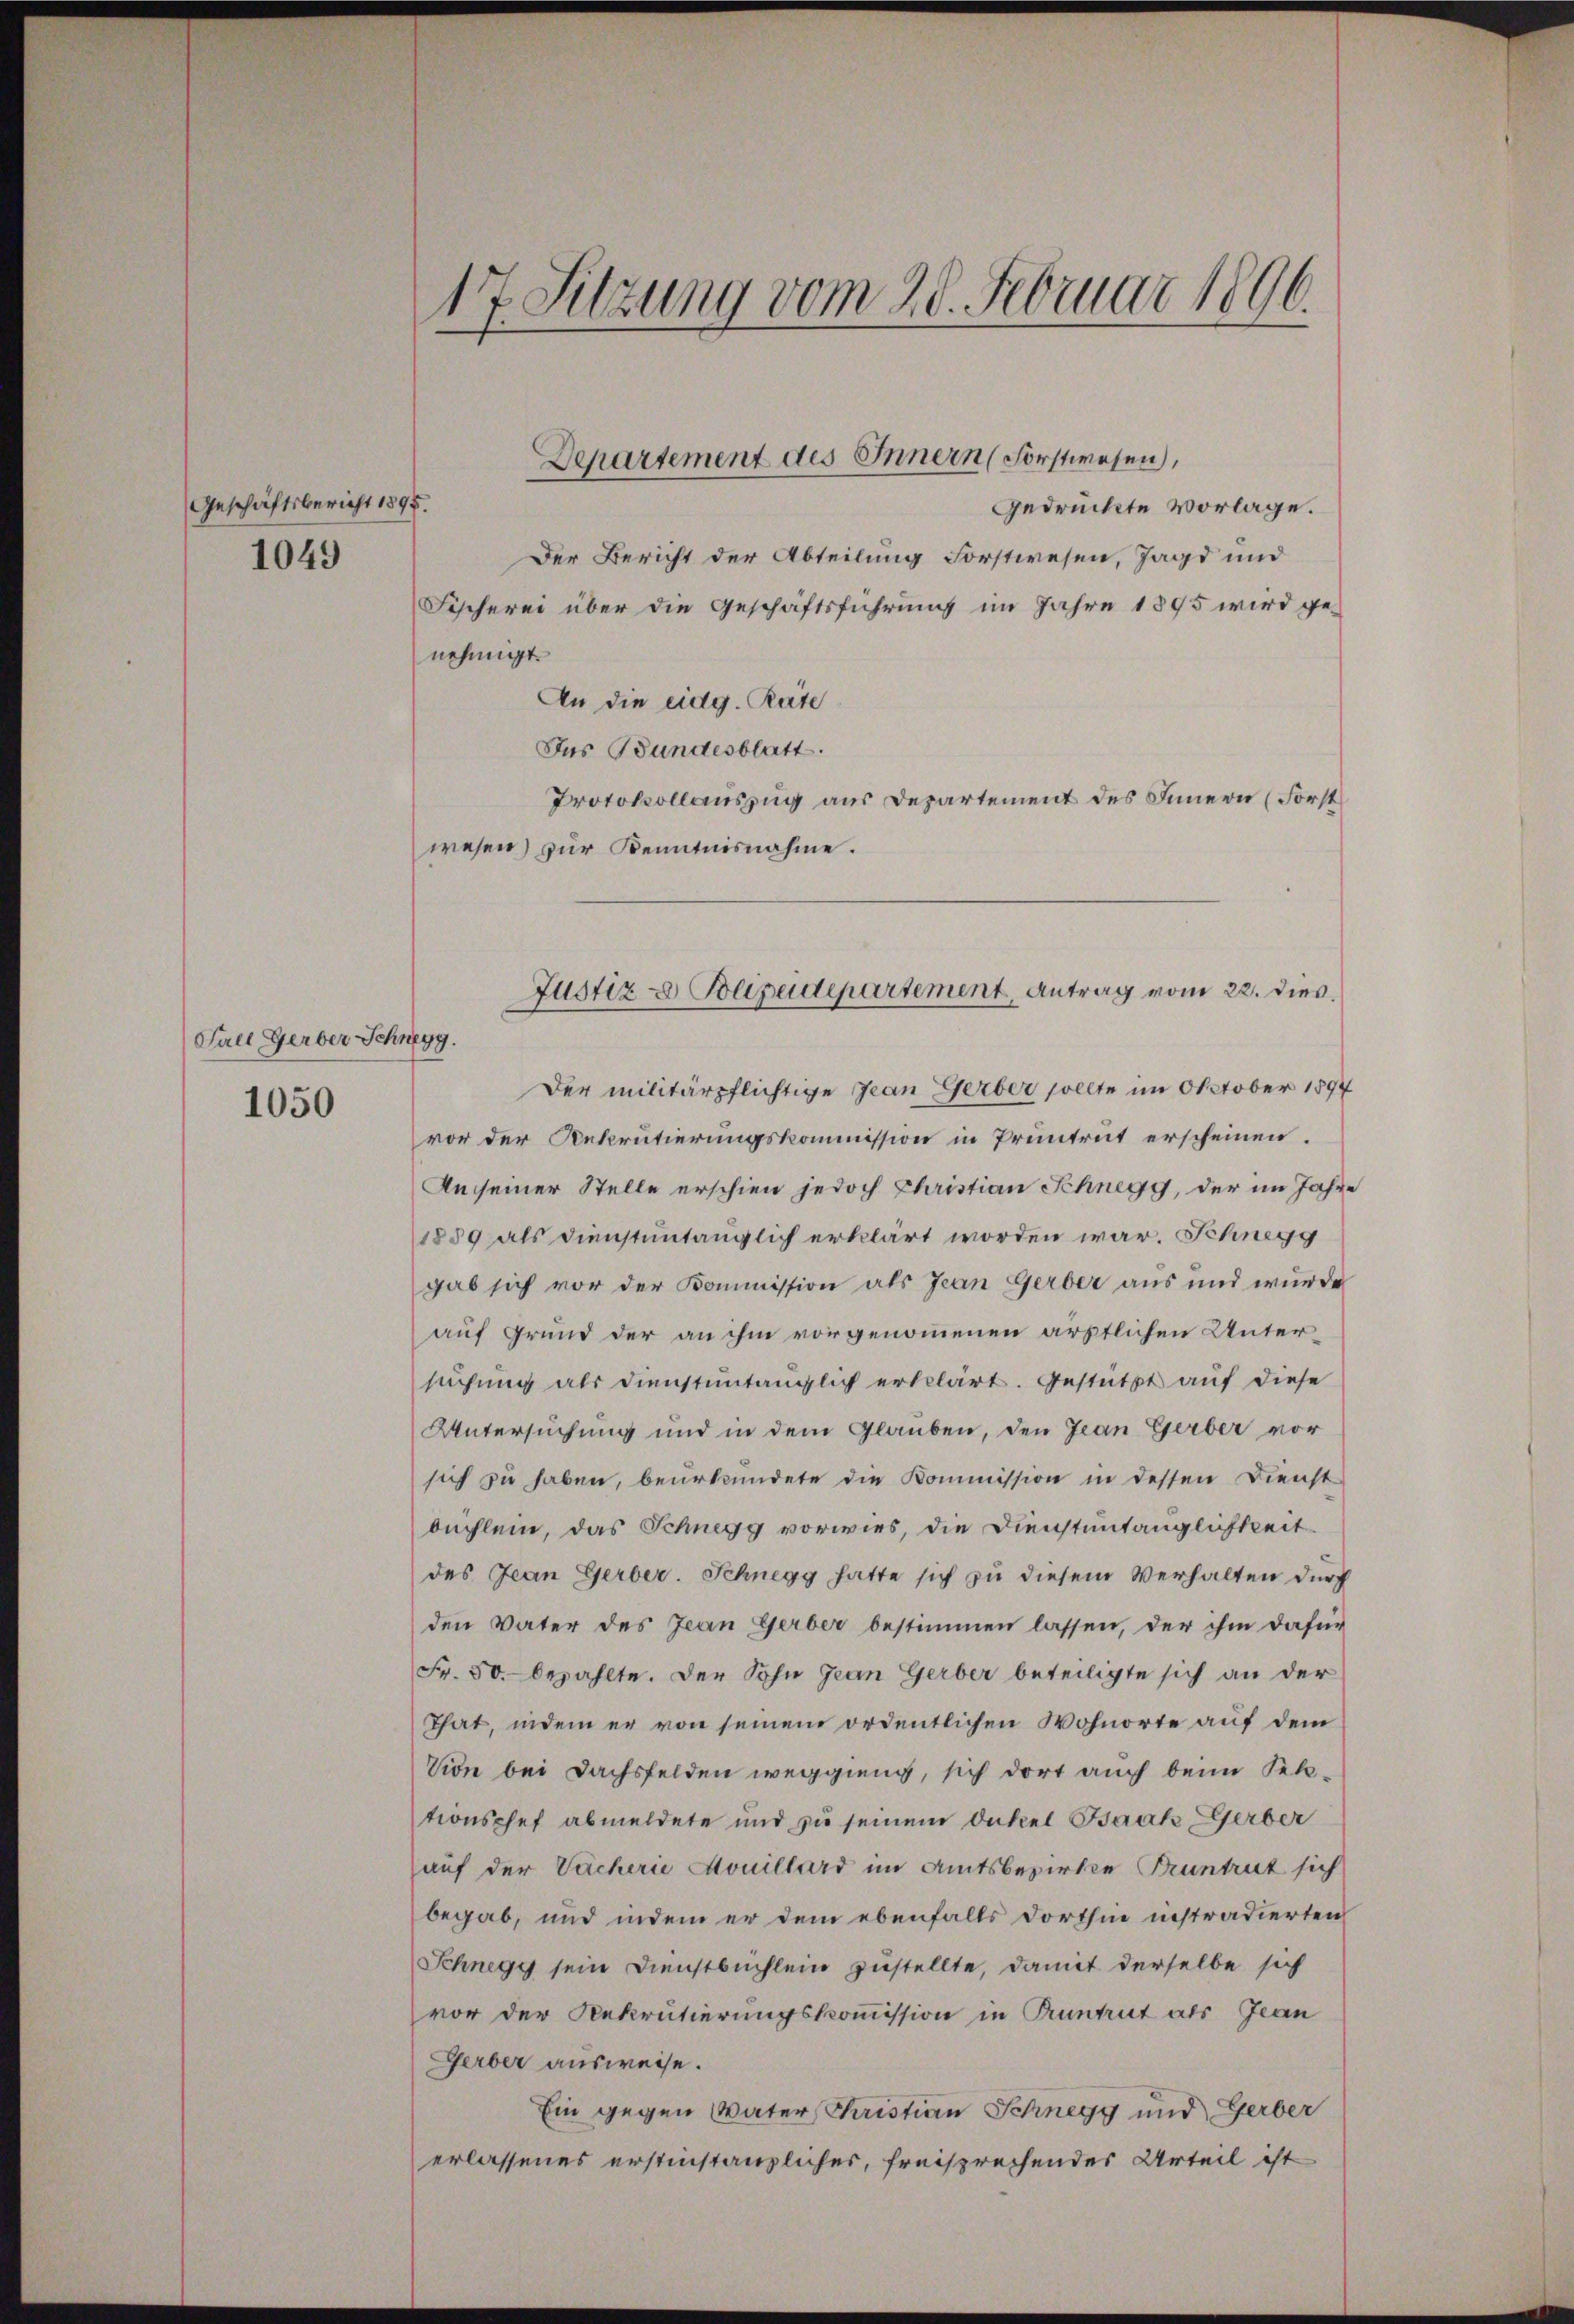
Geschäftsbericht 1895.
1049

Fall Gerber Schne
1050

17. Sitzung vom 20. Februar 1896.

Gedrückte vorlage.
Der Bericht der Abteilung Forstwesen, Jagd und
Fischerei über die Geschäftsführung im Jahre 1895 wird genehmigt.
An die eidg. Räte
Das Bundesblatt.
Protokollauszug aus Departement des Innern (Forst
wesen) zur Kenntnisnahme.
199.
Der militärpflichtige Jean Gerber sollte im Oktober 1897
vor der Rekrutierungskommission in Pruntrut erscheinen.
An seiner Stelle erschien jedoch Christian Schnegg, der im Jahre
1859 als dienstuntänglich erklärt worden war. Schnegg
gab sich vor der Kommission als Jean Gerber aus und wurde
auf Grund der an ihm vorgenommenen ärztlichen Untersuchung als dienstuntänglich erklärt. Gestützt auf diese
Untersuchung und in dem Glauben, den Jean Gerber vor
sich zu haben, beurkundete die Kommission in dessen Dienst
büchlein, das Schnegg vorwies, die Dienstuntänglichkeit
des Jean Gerber. Schnegg hatte sich zu diesem Verhalten durch
den Vater des Jean Gerber bestimmen lassen, der ihm dafür
Fr. 50. bezahlte. Der Sohn Jean Gerber beteiligte sich an der
That, indem er von seinem ordentlichen Wohnorte auf dem
Vion bei Dachsfelden wegging, sich dort auch beim Sektionschef abmeldete und zu seinem Onkel Baak Gerber
auf der Vacherie Mouillard im Amtsbezirke Pruntrut sich
begab, und indem er dem ebenfalls dorthin instradierten
Schnegy sein Dienstbuchlein zustellte, damit derselbe sich
vor der Rekrutierungskommission in Tuntrut als Jean
Gerber ausweise.
Ein gegen Vater Christian Schnegg und Gerber
erlassenes erstinstanzlicher, freisprechendes Urteil ist

Departement des Innern (Forstwesen,

Justiz & Polizeidepartement Antrag vom 22. dies